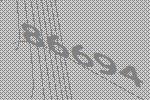
86694